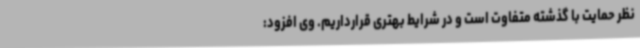
نظر حمایت با گذشته متفاوت است و در شرایط بهتری قرارداریم. وی افزود: